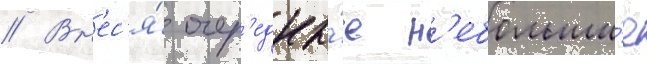
// Вн'ес'я́ очер'едны́е н'ебольши́е